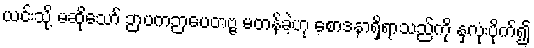
ယင်းသို့ မဆိုသော် ဉာပကဉာပေတဗ္ဗ မတန်ခဲ့ဟု စောဒနာရှိရာသည်ကို နှလုံးပိုက်၍